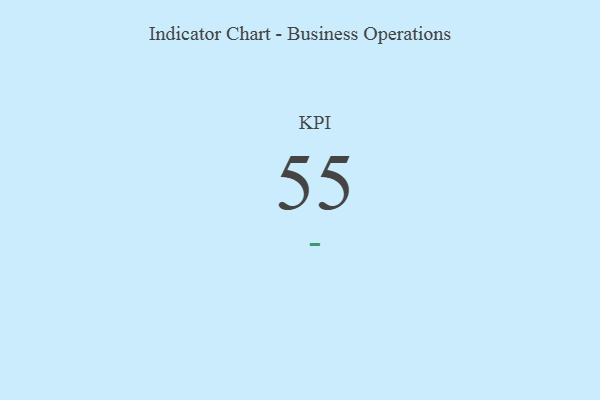
{"axis": {"x": "KPI", "y": "Value"}, "legend": [""], "data": [{"x": "KPI", "y": 55, "type": ""}]}